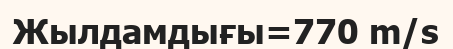
Жылдамдығы=770 m/s